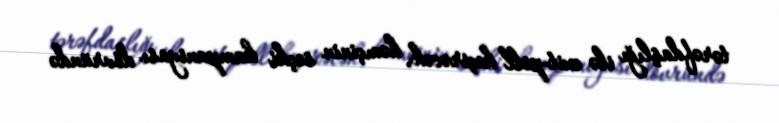
tərəfdaşlığı ilə exit-poll keçirəcək, həmçinin seçki kampaniyası dövründə